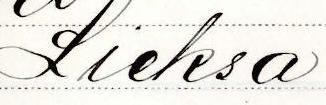
Lieksa